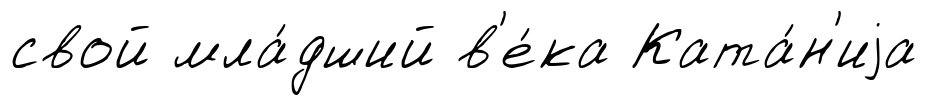
свой мла́дший в'е́ка Ката́н'иjа